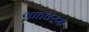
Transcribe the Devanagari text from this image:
वातवरणा